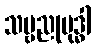
သဗ္ဗညုဗုဒ္ဓါ